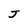
Character: J